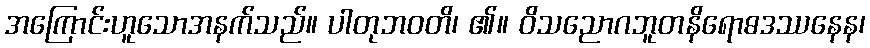
အကြောင်းဟူသောအနက်သည်။ ပါတုဘဝတိ၊ ၏။ ဝိသညောဂဘူတနိရောဓဒဿနေန၊